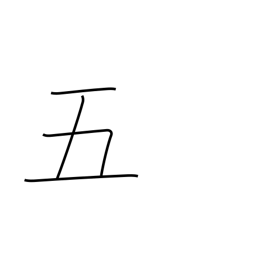
Meaning: five